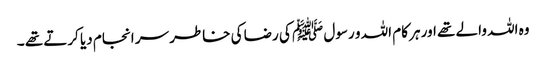
وہ اللہ والے تھے اور ہر کام اللہ و رسول ﷺ کی رضا کی خاطر سر انجام دیا کرتے تھے ۔